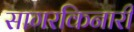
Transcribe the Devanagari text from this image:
सागरकिनारी